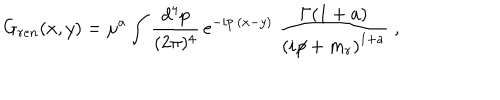
G _ { r e n } ( x , y ) = \mu ^ { a } \int _ { } ^ { } \frac { d ^ { 4 } p } { ( 2 \pi ) ^ { 4 } } \, e ^ { - i p \cdot ( x - y ) } \; \frac { \Gamma ( 1 + a ) } { \left( i \! \! \not \! p + m _ { r } \right) ^ { 1 + a } } \; ,